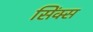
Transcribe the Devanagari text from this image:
सिंक्स